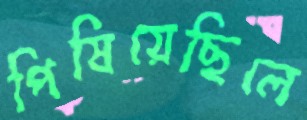
পিষিয়েছিলে